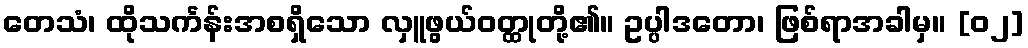
တေသံ၊ ထိုသင်္ကန်းအစရှိသော လှူဖွယ်ဝတ္ထုတို့၏။ ဥပ္ပါဒတော၊ ဖြစ်ရာအခါမှ။ [၀၂]